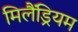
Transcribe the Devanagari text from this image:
मिलैंड्रियम